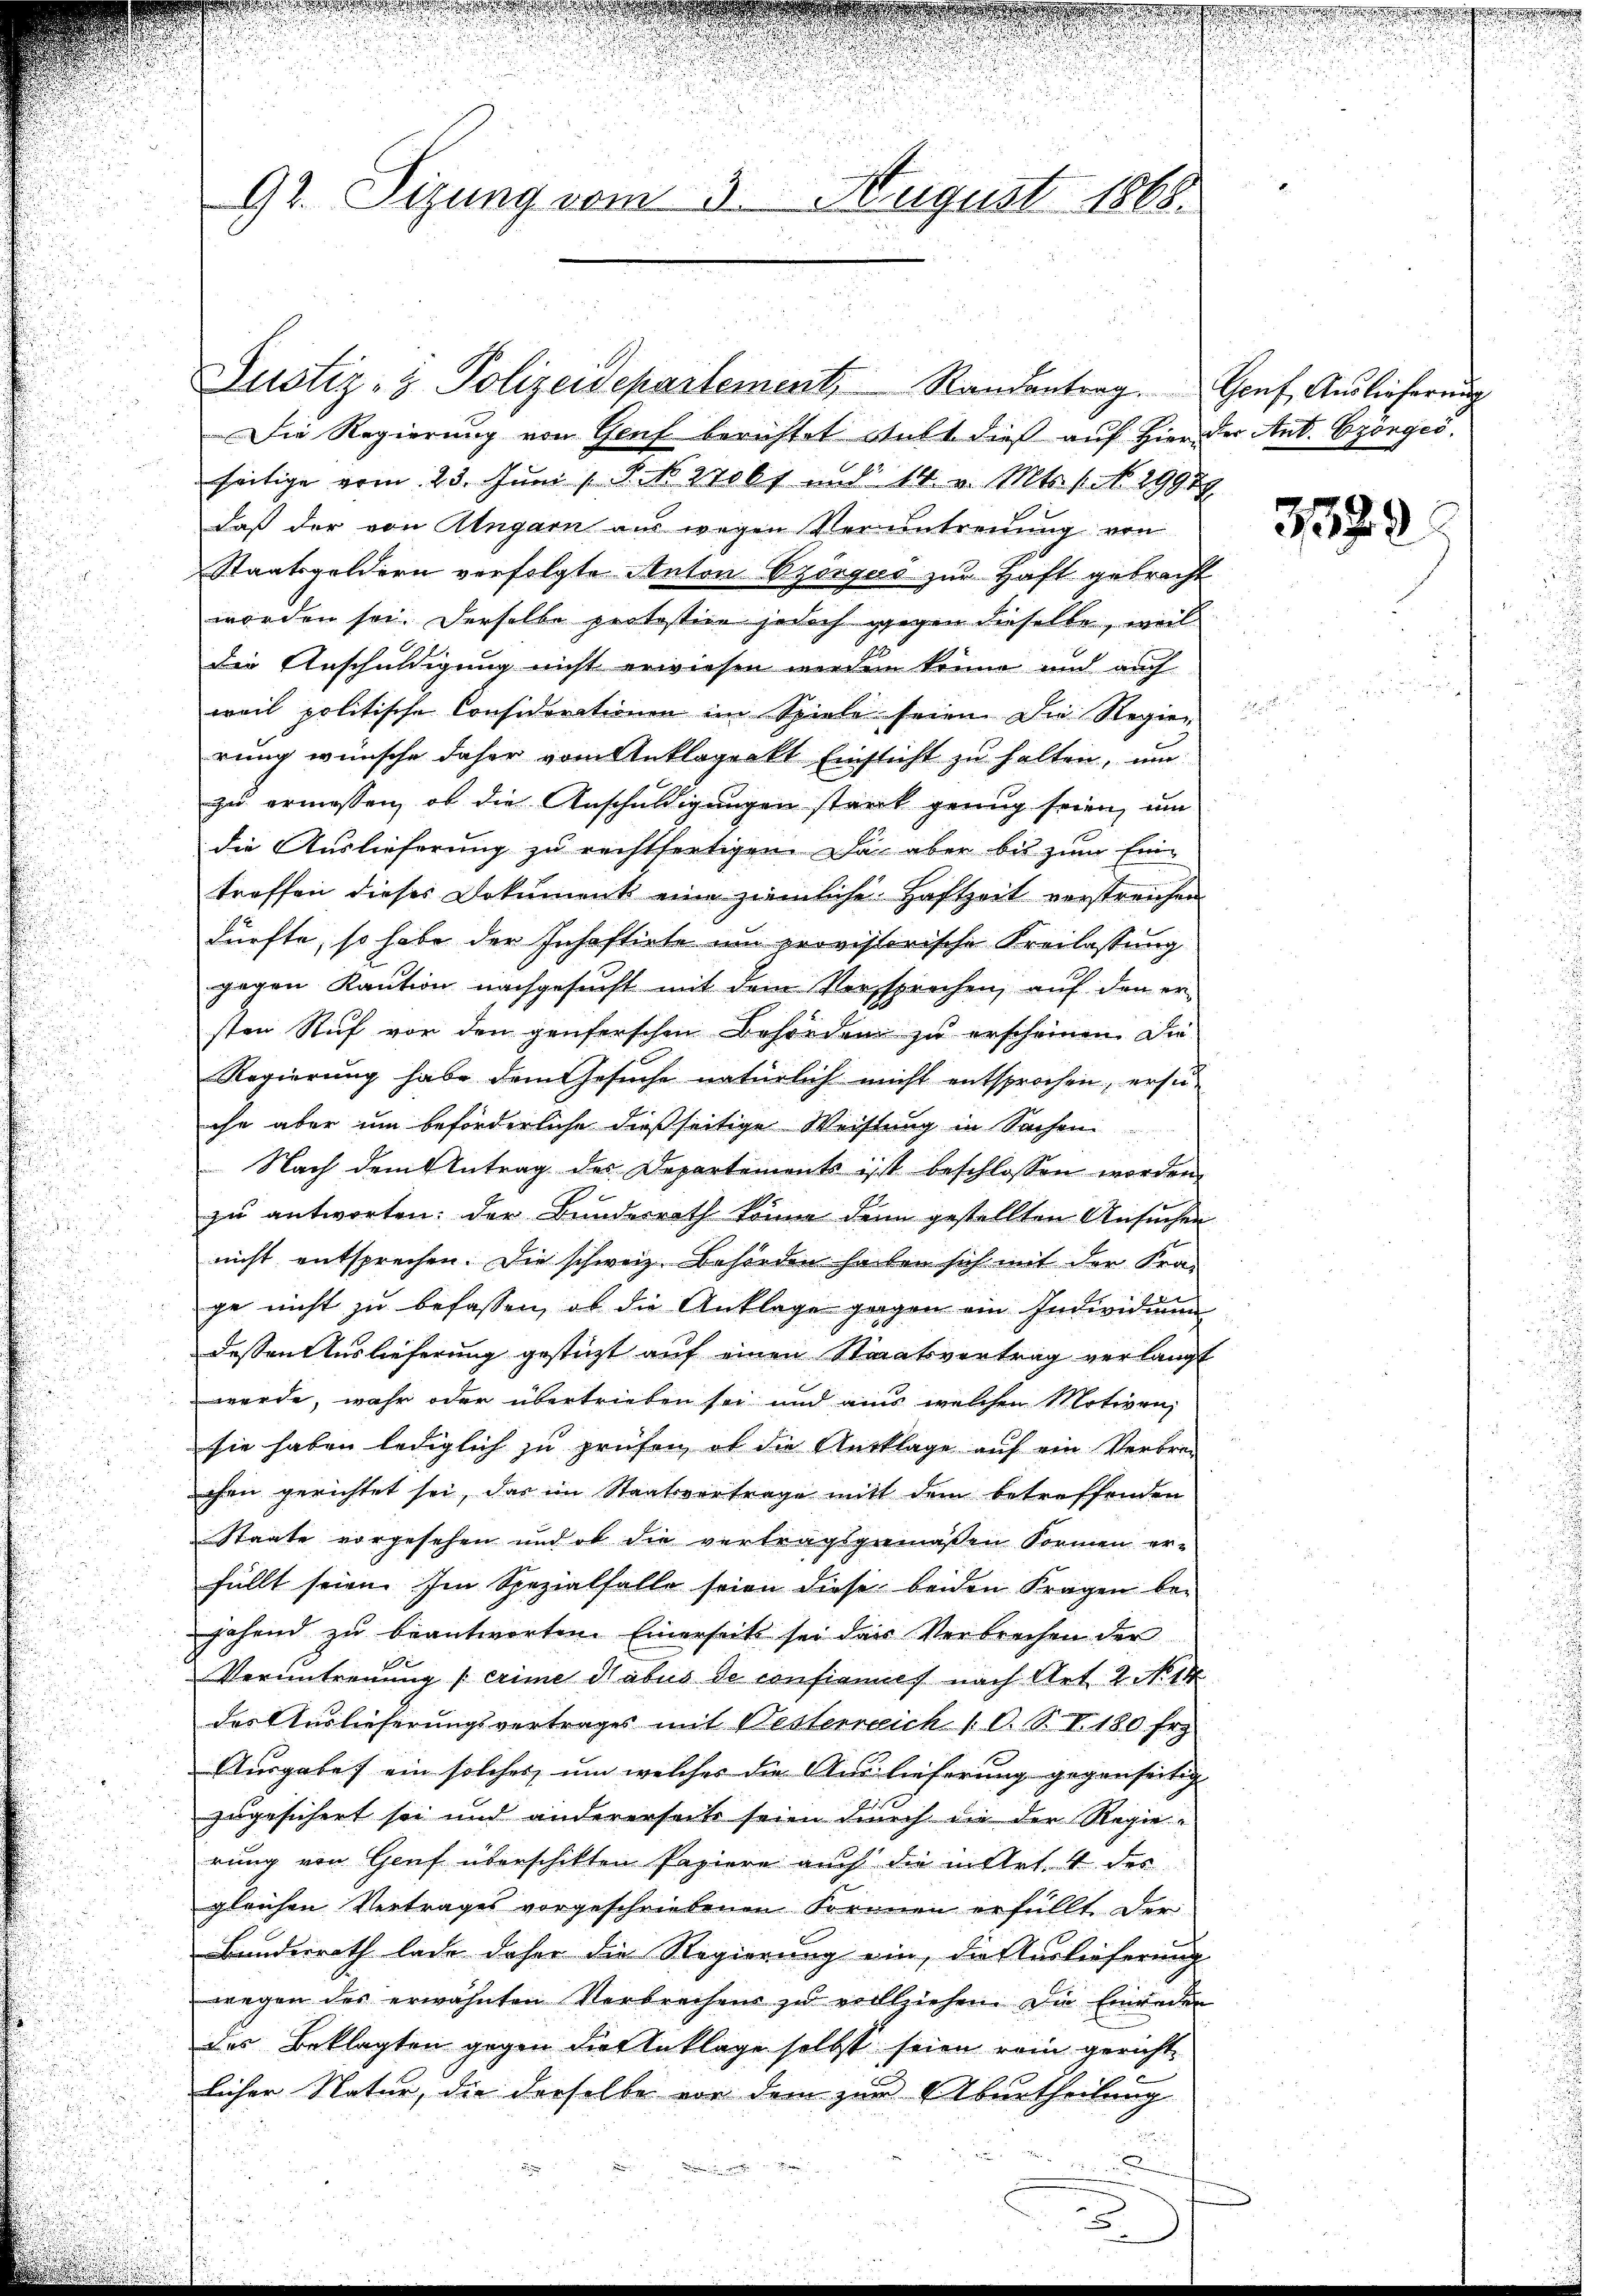
92. Sizung vom 3. August 1868.

Die Regierung von Genf berichtet walt dieß auf Hier der Ant. Czörges.
seitige vom 23. Juni 18. Darob und 14. v. Mts. 1. No. 19989
daß der von Angarn aus wegen Veruntreuung von
Staatsgeldern verfolgte Anton Szörgus zur Haft gebracht
worden sei. Derselbe protestire jedoch gegen dieselbe, weil
Die Anschuldigung nicht erwiesen werden könne und auch
weil politische Considerationen im Spiele seien die Regier
rung wünsche daher vom Anklageakt Einsicht zu halten, um
zu ermessen, ob die Anschuldigungen starck genug seien, um
die Auslieferung zu rechtfertigen. Da aber bis zum Eintroffen dieses Dokument eine ziemliche Haftzeit verstreichen
dürfte, so habe der Inhaftirte um provisorische Kreilassung
gegen Kaution nachgesucht mit dem Versprechen, auf den ersten Ruf vor den genferschen Behörden zu erscheinen. Die
Regierung habe dem Gesuche natürlich nicht entsprochen, ersu-
che aber um beförderliche dießseitige Weistung in Sachen
Nach dem Antrag des Departements ist beschlossen worden,
zu antworten: der Bundesrath könne dann gestellten Ansuchen
nicht entsprechen. Die schweiz. Behörden haben sich mit der Kra
ge nicht zu befassen, ob die Anklage gegen ein Individuum
dessen Auslieferung gestüzt auf einen Staatsvertrag verlangt
werde, wahr oder übertrieben sei und ains welchen Motiven,
sie haben lediglich zu prüfen, ob die Ausklage auf ein Verbrechen gerichtet sei, das im Staatsvertrage mit dem betreffenden
Staate vorgesehen und ob die vertragsgemäßen Formen erfüllt seien. Im Spezialfalle seien diese beiden Fragen be-
hehend zu beantworten. Einerseits sei der Verbrechen der
Veruntreuung (erime Habus de confiances nach Art. 2. No 14
des Auslieferungsvertrages mit Nesterreich 1. O. S. I. 180. Frz.
Ausgabe ein solches, um welches die Auslieferung gegenseitig
zugesichert sei und andererseits seien durch die der Regie
rung von Genf überschikten Papiere auch die mittet. 4 des
gleichen Vertrages vorgeschriebenen Formen erfüllt. Der
Bundesrath lade daher die Regierung ein, die Auslieferung
wegen des erwähnten Verbrechens zu vollziehen. Die Einreden
des Beklagten gegen die Anklage selbst seien rein gericht
licher Natur, die derselbe vor dem zur Aburtheilung
u
u

Justiz- & Polizeidepartement, Randentrag. Genf, Auslieferung

d

338